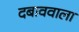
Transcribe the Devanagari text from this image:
दबाववाला